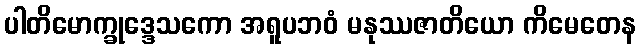
ပါတိမောက္ခုဒ္ဒေသကော အရူပဘဝံ မနုဿဇာတိယော ကိမေတေန